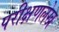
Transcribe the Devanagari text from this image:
परीक्षणलेख